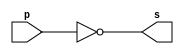
// -------------------------
// Exemplo0002 - NOT
// Nome: Yousef
// -------------------------
// -------------------------
// -- not gate
// -------------------------
module notgate (output s,
input p);
assign s = ~p;
endmodule // notgate
// -------------------------
// -- test not gate
// -------------------------
module testnotgate;
// ------------------------- dados locais
reg a; // definir registrador
// (variavel independente)
wire s; // definir conexao (fio)
// (variavel dependente )
// ------------------------- instancia
notgate NOT1 (s, a);
// ------------------------- preparacao
initial begin:start
a=0; // valor inicial
end
// ------------------------- parte principal
initial begin
$display("Exemplo0002 - Yousef - 441714");
$display("Test NOT gate");
$display("\n~a = s\n");
a=0;
#1 $display("~%b = %b", a, s);
a=1;
#1 $display("~%b = %b", a, s);
end
endmodule // testnotgate